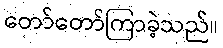
တော်တော်ကြာခဲ့သည်။